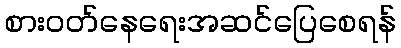
စားဝတ်နေရေးအဆင်ပြေစေရန်